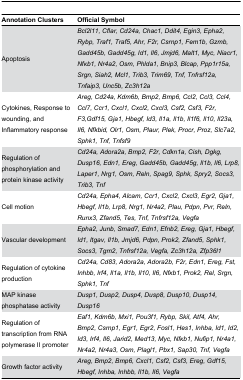
<table><thead><tr><td><b>Annotation Clusters</b></td><td><b>Official Symbol</b></td></tr></thead><tbody><tr><td>Apoptosis</td><td><i>Bcl2l11, Cflar, Cd24a, Chac1, Ddit4, Egin3, Epha2, Rybp,Traf1, Traf5, Ahr, F2r, Csrnp1, Fem1b, Gzmb, Gadd45b,Gadd45g, Id1, Il6, Jmjd6, Malt1, Myc, Niacr1, Nfκb1, Nr4a2,Osm, Phlda1, Bnip3, Blcap, Ppp1r15a, Srgn, Siah2, Mcl1,Trib3, Trim69, Tnf, Tnfrsf12a, Tnfaip3, Unc5b,Zc3h12a</i></td></tr><tr><td>Cytokines, Response to wounding, and Inflammatory response</td><td><i>Areg, Cd24a, Kdm6b, Bmp2, Bmp6, Ccl2, Ccl3, Ccl4, Ccl7,Ccr1, Cxcl1, Cxcl2, Cxcl3, Csf2, Csf3, F2r, F3,Gdf15, Gja1,Hbegf, Id3, Il1a, Il1b, Il1f6, Il10, Il23a, Il6, Nfkbid,Olr1, Osm, Plaur, Plek, Procr, Proz, Slc7a2, Sphk1, Tnf,Tnfsf9</i></td></tr><tr><td>Regulation of phosphorylation and protein kinase activity</td><td><i>Cd24a, Adora2a, Bmp2, F2r, Cdkn1a, Cish, Dgkg, Dusp16,Edn1, Ereg, Gadd45b, Gadd45g, Il1b, Il6, Lrp8, Laper1, Nrg1,Osm, Reln, Spag9, Sphk, Spry2, Socs3, Trib3,Tnf</i></td></tr><tr><td>Cell motion</td><td><i>Cd24a, Epha4, Alcam, Ccr1, Cxcl2, Cxcl3, Egr2, Gja1,Hbegf, Il1b, Lrp8, Nrg1, Nr4a2, Plau, Pdpn, Pvr, Reln,Runx3, Zfand5, Tes, Tnf, Tnfrsf12a, Vegfa</i></td></tr><tr><td>Vascular development</td><td><i>Epha2, Junb, Smad7, Edn1, Efnb2, Ereg, Gja1, Hbegf, Id1,Itgav, Il1b, Jmjd6, Pdpn, Prok2, Zfand5, Sphk1, Socs3, Tgm2,Tnfrsf12a, Vegfa, Zc3h12a, Zfp36l1</i></td></tr><tr><td>Regulation of cytokine production</td><td><i>Cd24a, Cd83, Adora2a, Adora2b, F2r, Edn1, Ereg, Fst,Inhbb, Irf4, Il1a, Il1b, Il10, Il6, Nfκb1, Prok2, Rel, Srgn,Sphk1, Tnf</i></td></tr><tr><td>MAP kinase phosphatase activity</td><td><i>Dusp1, Dusp2, Dusp4, Dusp8, Dusp10, Dusp14,Dusp16</i></td></tr><tr><td>Regulation of transcription from RNA polymerase II promoter</td><td><i>Eaf1, Kdm6b, Mxi1, Pou3f1, Rybp, Skil, Atf4, Ahr, Bmp2,Csrnp1, Egr1, Egr2, Fosl1, Hes1, Inhba, Id1, Id2, Id3, Irf4,Il6, Jarid2, Med13, Myc, Nfκb1, Nufip1, Nr4a1, Nr4a2, Nr4a3,Osm, Plagl1, Pbx1, Sap30, Tnf, Vegfa</i></td></tr><tr><td>Growth factor activity</td><td><i>Areg, Bmp2, Bmp6, Cxcl1, Csf2, Csf3, Ereg, Gdf15, Hbegf,Inhba, Inhbb, Il1b, Il6, Vegfa</i></td></tr></tbody></table>